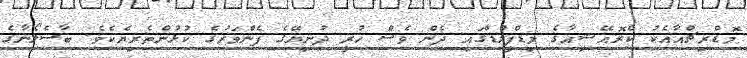
މޮޑްރިޗްއާއެކު ކްރޮއޭޝިއާގެ މިޑްފީލްޑްގައި ދެން ވެސް ހުރީ ދުނިޔޭގެ ފެންވަރުގެ ކުޅުންތެރިޔެކެވެ. ބާސެލޯނާގެ